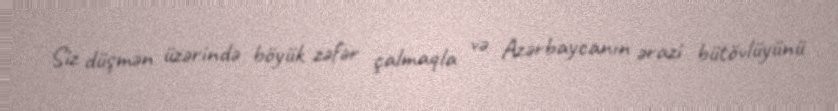
Siz düşmən üzərində böyük zəfər çalmaqla və Azərbaycanın ərazi bütövlüyünü